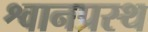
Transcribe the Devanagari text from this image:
श्वानप्रस्थ